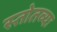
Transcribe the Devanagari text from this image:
स्तोतव्यः